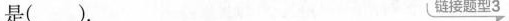
是( )。 链接题型3.